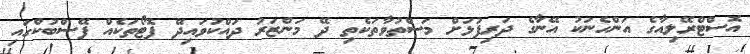
އޮސްޓްރޭލިއާގެ އަންހެނަކު އޭނާގެ ދަރިފުޅަށް މަސްތުވާތަކެތި ދޭ މަންޒަރު ދައްކުވައިދޭ ފޮޓޯތަކެއް ފޭސްބުކްގައި